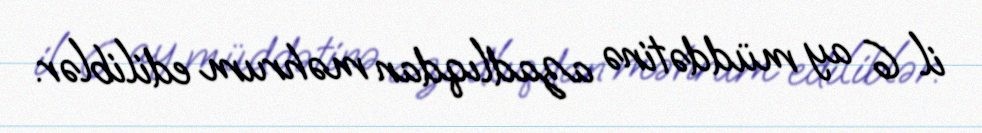
il 6 ay müddətinə azadlıqdan məhrum ediliblər.